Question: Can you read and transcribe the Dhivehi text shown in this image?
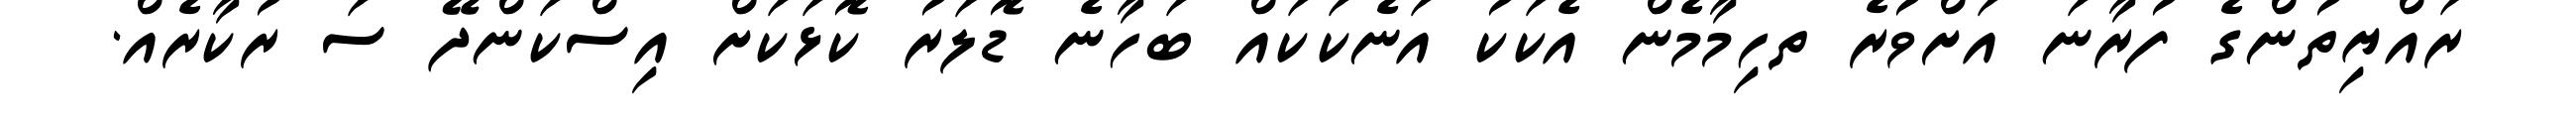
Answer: ރައްޔިތުންގެ ފުރާނަ އަށްވުރެ ތހިމާމެން އެކަކު އަނެކަކައް ބަހާނެ ޑޮލަރު ކޮޅަކަށް އިސްކަންދޭ ސަ ރުކާރެއް.